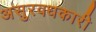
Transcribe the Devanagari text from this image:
असुरवधकारी